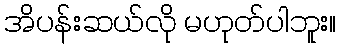
အိပန်းဆယ်လို မဟုတ်ပါဘူး။